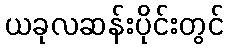
ယခုလဆန်းပိုင်းတွင်